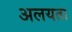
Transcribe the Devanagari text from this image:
अलयता